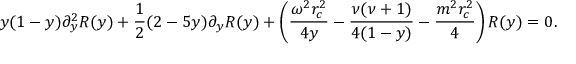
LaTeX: y ( 1 - y ) \partial _ { y } ^ { 2 } R ( y ) + \frac { 1 } { 2 } ( 2 - 5 y ) \partial _ { y } R ( y ) + \left( \frac { \omega ^ { 2 } r _ { c } ^ { 2 } } { 4 y } - \frac { \nu ( \nu + 1 ) } { 4 ( 1 - y ) } - \frac { m ^ { 2 } r _ { c } ^ { 2 } } { 4 } \right) R ( y ) = 0 .